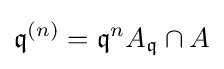
{\mathfrak {q}}^{(n)}={\mathfrak {q}}^{n}A_{\mathfrak {q}}\cap A